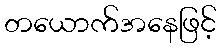
တယောက်အနေဖြင့်